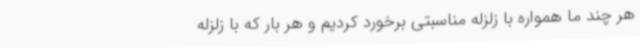
هر چند ما همواره با زلزله مناسبتی برخورد کردیم و هر بار که با زلزله